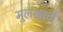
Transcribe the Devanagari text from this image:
मुलखाची